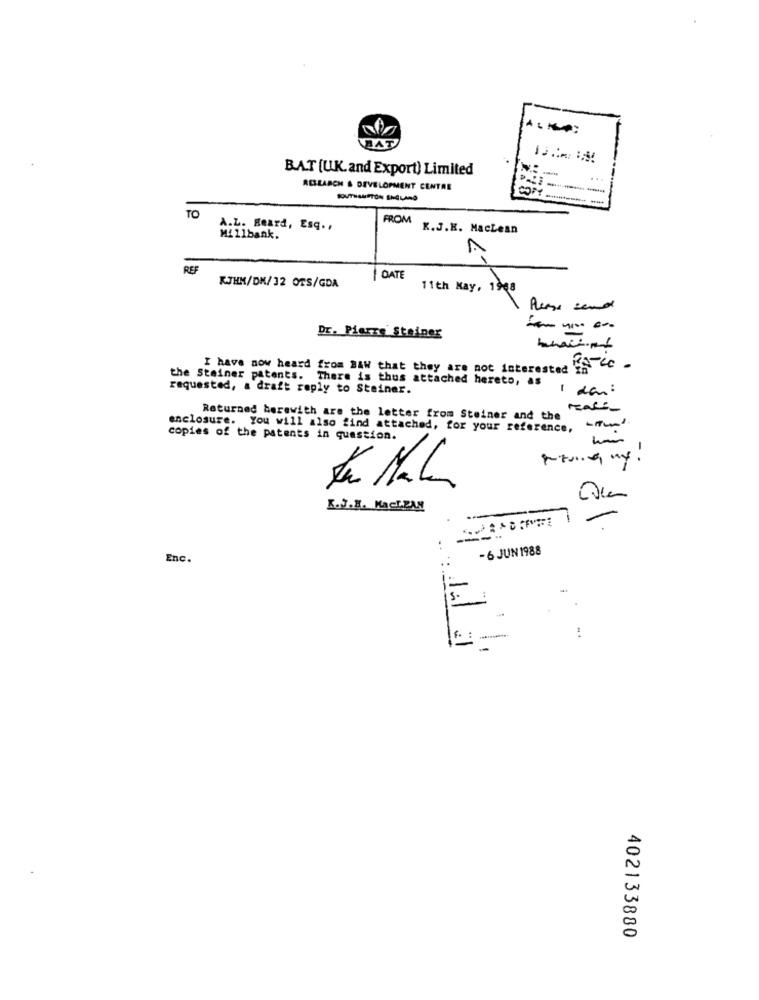
BAT
BAT [U.K.and Export) Limited
ACSEARCH & DEVELOPMENT CENTRE
SOUTHAMPTON ENGLARO
TO
FROM
A.L. Beard, Esq .,
K.J.K. Maclean
Millbank.
A
REF
KJHM/DM/32 OTS/GDA
DATE
11th May, 1968
Dr. Pierre Steiner
---
I have now heard from BAW that they are not interested "f" -
the Steiner patents. There is thus attached hereto, as
requested, a draft reply to Steiner.
1 das:
Returned herewith are the letter from Steiner and the -
enclosure. You will also find attached, for your reference, - www
copies of the patents in question.
K.J.K. Kacl.PAN
- 6 JUN 1988
Enc.
5.
..
402133880